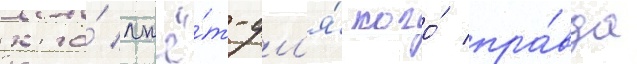
кто́ лжё́т-дл'я́ кого́ пра́вда